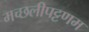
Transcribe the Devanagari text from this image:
मच्‍छलीपट्टणम